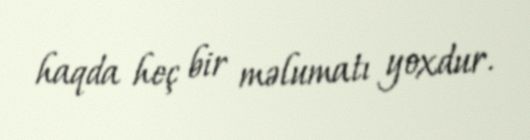
haqda heç bir məlumatı yoxdur.